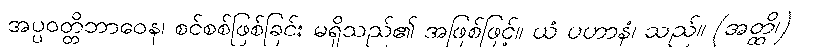
အပ္ပဝတ္တိဘာဝေန၊ စင်စစ်ဖြစ်ခြင်း မရှိသည်၏ အဖြစ်ဖြင့်။ ယံ ပဟာနံ၊ သည်။ (အတ္ထိ၊)